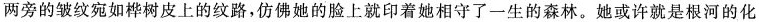
两旁的皱纹宛如桦树皮上的纹路，仿佛她的脸上就印着她相守了一生的森林。她或许就是根河的化